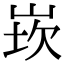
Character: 崁